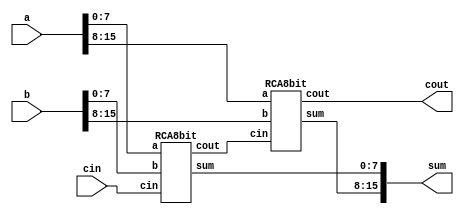
`timescale 1ns / 1ps
//////////////////////////////////////////////////////////////////////////////////
// 16-bit Ripple Carry Adder
//
// by: Patrick Stockton
//      
// 
//////////////////////////////////////////////////////////////////////////////////


module RCA16bit (
	output [15:0] sum,
	output cout,
	input [15:0] a, b,
	input cin);
	
	wire w;
	
	RCA8bit RCA8b0 (sum[7:0], w, a[7:0], b[7:0], cin);
	RCA8bit RCA8b1 (sum[15:8], cout, a[15:8], b[15:8], w);	
	
endmodule


module RCA8bit (
	output [7:0] sum,
	output cout,
	input [7:0] a, b,
	input cin);
	
	wire w;
	
	RCA4bit RCA4b0 (sum[3:0], w, a[3:0], b[3:0], cin);
	RCA4bit RCA4b1 (sum[7:4], cout, a[7:4], b[7:4], w);	
	
endmodule


module RCA4bit (
	output [3:0] sum,
	output cout,
	input [3:0] a, b,
	input cin);
	
	wire [2:0] w;
	
	full_adder FA0 (sum[0], w[0], a[0], b[0], cin);
	full_adder FA1 (sum[1], w[1], a[1], b[1], w[0]);
	full_adder FA2 (sum[2], w[2], a[2], b[2], w[1]);
	full_adder FA3 (sum[3], cout, a[3], b[3], w[2]);
	
endmodule


module full_adder (
	output sum, cout,
	input a, b, cin);
	
	wire [2:0] w;
	
	assign cout = (a&&b) || (a&&cin) || (b&&cin);
    assign sum = a ^ b ^ cin;
	
endmodule


module half_adder (
	output sum, cout,
	input a, b);
	
	xor (sum, a, b);
	and (cout, a, b);
	
endmodule